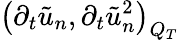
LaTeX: \left(\partial_{t}\tilde{u}_{n},\partial_{t}\tilde{u}_{n}^{2}\right)_{Q_{T}}